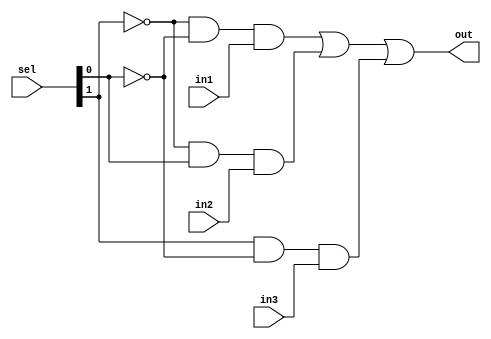
module mux2to1(out,sel,in1,in2,in3);
 input in1,in2,in3;input [1:0] sel;
 output out;
 wire [1:0] not_sel;wire a1,a2,a3;
 not (not_sel[0],sel[0]);
 not (not_sel[1],sel[1]);
 and (a1,not_sel[1],not_sel[0],in1);
 and (a2,not_sel[1],sel[0],in2);
 and (a3,sel[1],not_sel[0],in3);
 or (out,a1,a2,a3);
endmodule

module bit8_2to1mux(out,sel,in1,in2,in3);
 input [7:0] in1,in2,in3;
 output [7:0] out;
 input [1:0] sel;
 genvar j;
//this is the variable that is be used in the generate
//block
 generate for (j=0; j<8;j=j+1) begin: mux_loop
//mux_loop is the name of the loop
 mux2to1 m1(out[j],sel,in1[j],in2[j],in3[j]);
//mux2to1 is instantiated every time it is called
end
endgenerate
endmodule

module bit32_2to1mux(out,sel,in1,in2,in3);
	input [31:0] in1,in2,in3;
	output [31:0] out;
	input [1:0] sel;
	genvar j;
	generate for(j=0;j<25;j=j+8) 
		begin:mux1_loop
			bit8_2to1mux s1(out[j+7:j],sel,in1[j+7:j],in2[j+7:j],in3[j+7:j]);
		end
	endgenerate
endmodule

module testbench_32bit_input_mux;
	reg [31:0] inp1,inp2,inp3;
	reg [1:0] sel;
	wire [31:0] out;
	bit32_2to1mux d1(out,sel,inp1,inp2,inp3);
	
	initial
	begin
		$dumpfile("test.vcd");
		$dumpvars();
	end
	
	initial
		$monitor(,$time,"inp1=%b,inp2=%b,inp3=%b,sel=%b,out=%b",inp1,inp2,inp3,sel,out);
	
	initial
	begin
		inp1=32'b10101010101010101010101010101010;
		inp2=32'b11111111010101010000010101001110;
		inp3=32'b11101010010110010111010100111010;
		sel=2'b00;
		#30 sel=2'b10;
		#100 $finish;
	end
	
endmodule